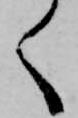
く